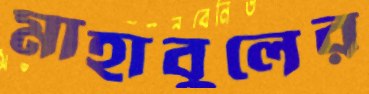
মাহাবুলের